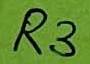
Text: R3